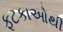
ફટકાઓથી